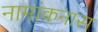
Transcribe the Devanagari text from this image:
नामांकनास